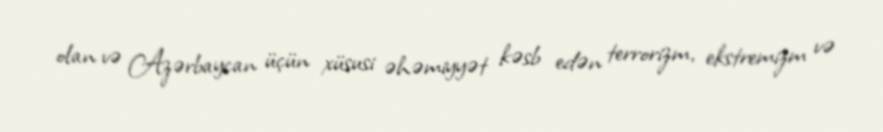
olan və Azərbaycan üçün xüsusi əhəmiyyət kəsb edən terrorizm, ekstremizm və